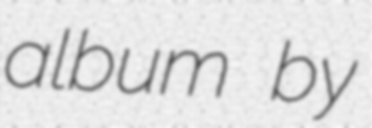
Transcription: album by